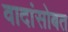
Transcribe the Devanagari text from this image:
वादांसोबत